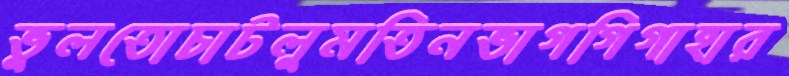
ভুলতোচাটলুমতিনভাগগিগাহার